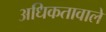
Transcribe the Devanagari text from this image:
अधिकतावाले